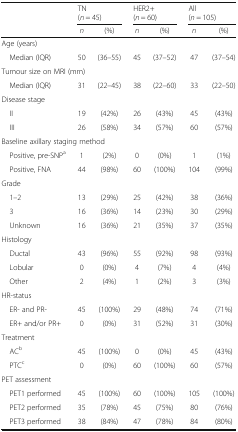
<table><thead><tr><td rowspan="3"></td><td colspan="2"><b>TN</b></td><td colspan="2"><b>HER2+</b></td><td colspan="2"><b>All</b></td></tr><tr><td colspan="2"><b>(<i>n</i> = 45)</b></td><td colspan="2"><b>(<i>n</i> = 60)</b></td><td colspan="2"><b>(<i>n</i> = 105)</b></td></tr><tr><td><b><i>n</i></b></td><td><b>(%)</b></td><td><b><i>n</i></b></td><td><b>(%)</b></td><td><b><i>n</i></b></td><td><b>(%)</b></td></tr></thead><tbody><tr><td colspan="7">Age (years)</td></tr><tr><td> Median (IQR)</td><td>50</td><td>(36–55)</td><td>45</td><td>(37–52)</td><td>47</td><td>(37–54)</td></tr><tr><td colspan="7">Tumour size on MRI (mm)</td></tr><tr><td> Median (IQR)</td><td>31</td><td>(22–45)</td><td>38</td><td>(22–60)</td><td>33</td><td>(22–50)</td></tr><tr><td colspan="7">Disease stage</td></tr><tr><td> II</td><td>19</td><td>(42%)</td><td>26</td><td>(43%)</td><td>45</td><td>(43%)</td></tr><tr><td> III</td><td>26</td><td>(58%)</td><td>34</td><td>(57%)</td><td>60</td><td>(57%)</td></tr><tr><td colspan="7">Baseline axillary staging method</td></tr><tr><td> Positive, pre-SNP<sup>a</sup></td><td>1</td><td>(2%)</td><td>0</td><td>(0%)</td><td>1</td><td>(1%)</td></tr><tr><td> Positive, FNA</td><td>44</td><td>(98%)</td><td>60</td><td>(100%)</td><td>104</td><td>(99%)</td></tr><tr><td colspan="7">Grade</td></tr><tr><td> 1–2</td><td>13</td><td>(29%)</td><td>25</td><td>(42%)</td><td>38</td><td>(36%)</td></tr><tr><td> 3</td><td>16</td><td>(36%)</td><td>14</td><td>(23%)</td><td>30</td><td>(29%)</td></tr><tr><td> Unknown</td><td>16</td><td>(36%)</td><td>21</td><td>(35%)</td><td>37</td><td>(35%)</td></tr><tr><td colspan="7">Histology</td></tr><tr><td> Ductal</td><td>43</td><td>(96%)</td><td>55</td><td>(92%)</td><td>98</td><td>(93%)</td></tr><tr><td> Lobular</td><td>0</td><td>(0%)</td><td>4</td><td>(7%)</td><td>4</td><td>(4%)</td></tr><tr><td> Other</td><td>2</td><td>(4%)</td><td>1</td><td>(2%)</td><td>3</td><td>(3%)</td></tr><tr><td colspan="7">HR-status</td></tr><tr><td> ER- and PR-</td><td>45</td><td>(100%)</td><td>29</td><td>(48%)</td><td>74</td><td>(71%)</td></tr><tr><td> ER+ and/or PR+</td><td>0</td><td>(0%)</td><td>31</td><td>(52%)</td><td>31</td><td>(30%)</td></tr><tr><td colspan="7">Treatment</td></tr><tr><td> AC<sup>b</sup></td><td>45</td><td>(100%)</td><td>0</td><td>(0%)</td><td>45</td><td>(43%)</td></tr><tr><td> PTC<sup>c</sup></td><td>0</td><td>(0%)</td><td>60</td><td>(100%)</td><td>60</td><td>(57%)</td></tr><tr><td colspan="7">PET assessment</td></tr><tr><td> PET1 performed</td><td>45</td><td>(100%)</td><td>60</td><td>(100%)</td><td>105</td><td>(100%)</td></tr><tr><td> PET2 performed</td><td>35</td><td>(78%)</td><td>45</td><td>(75%)</td><td>80</td><td>(76%)</td></tr><tr><td> PET3 performed</td><td>38</td><td>(84%)</td><td>47</td><td>(78%)</td><td>84</td><td>(80%)</td></tr></tbody></table>